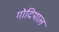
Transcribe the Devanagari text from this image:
गोदियाल